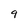
Character: 9